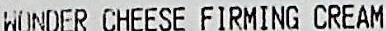
WONDER CHEESE FIRMING CREAM